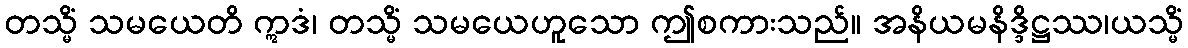
တသ္မိံ သမယေတိ ဣဒံ၊ တသ္မိံ သမယေဟူသော ဤစကားသည်။ အနိယမနိဒ္ဒိဋ္ဌဿ၊ယသ္မိံ